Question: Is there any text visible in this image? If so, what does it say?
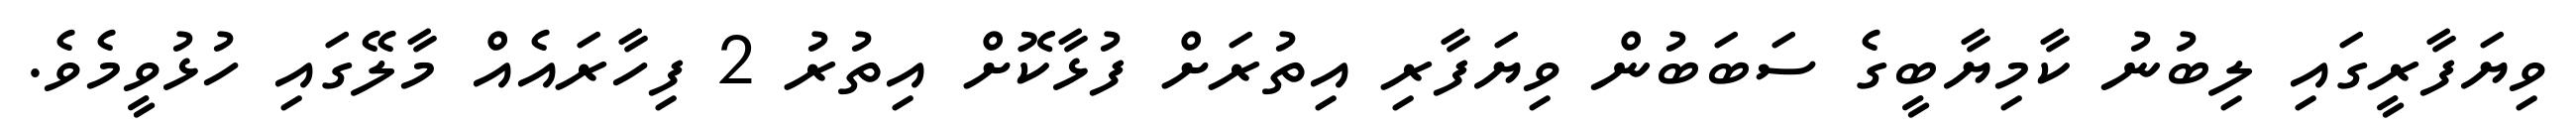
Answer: ވިޔަފާރީގައި ލިބުނު ކާމިޔާބީގެ ސަބަބުން ވިޔަފާރި އިތުރަށް ފުޅާކޮށް އިތުރު 2 ފިހާރައެއް މާލޭގައި ހުޅުވީމެވެ.